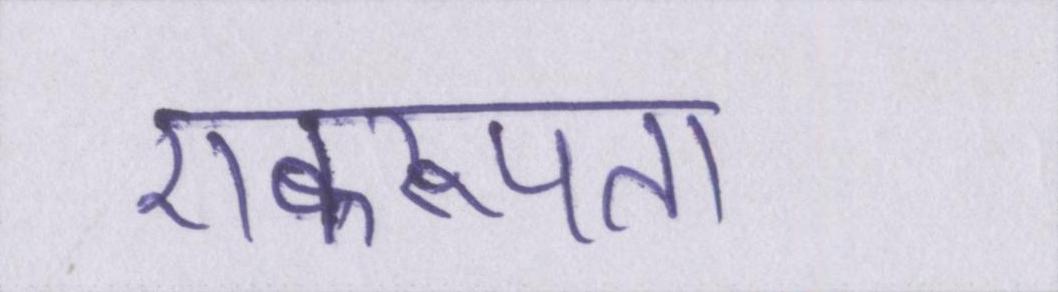
एकरूपता